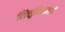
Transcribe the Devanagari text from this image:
शिशुविद्यालयों